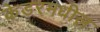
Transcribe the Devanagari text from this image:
केडरमधील